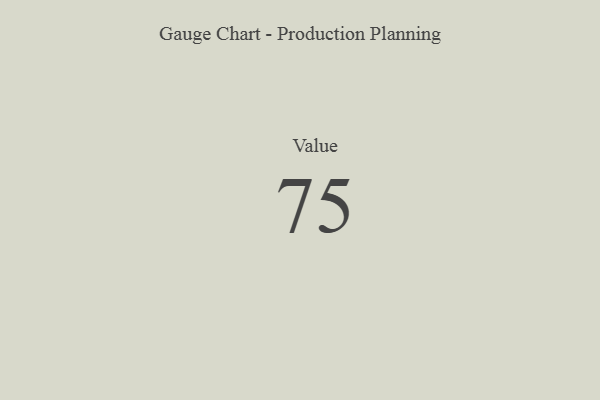
{"axis": {"x": "Metric", "y": "Value"}, "legend": [""], "data": [{"x": "Value", "y": 75, "type": ""}]}